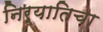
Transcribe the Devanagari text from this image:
निर्यातिचा